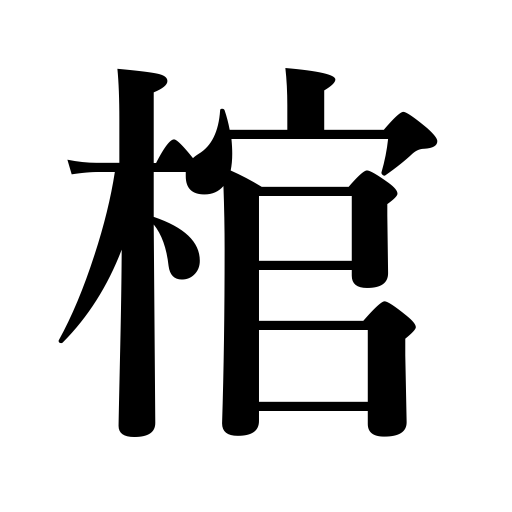
Meanings: casket,coffin